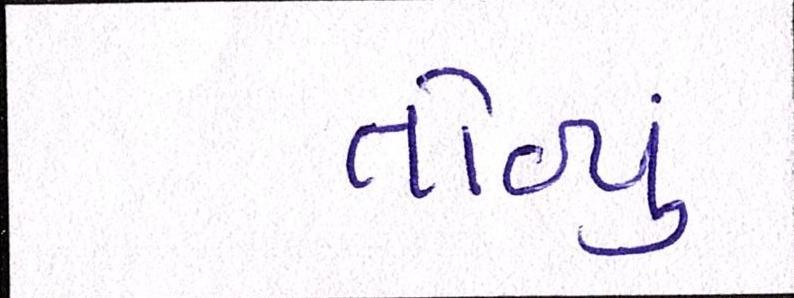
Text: તોળ્યું